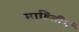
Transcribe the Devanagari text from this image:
माहितीनें